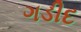
ગડીદ